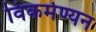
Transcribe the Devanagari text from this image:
विकर्मण्यन